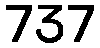
737